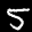
Label: 5